Medical and sanitary report on the native army of Bombay for the year
Year: 1877
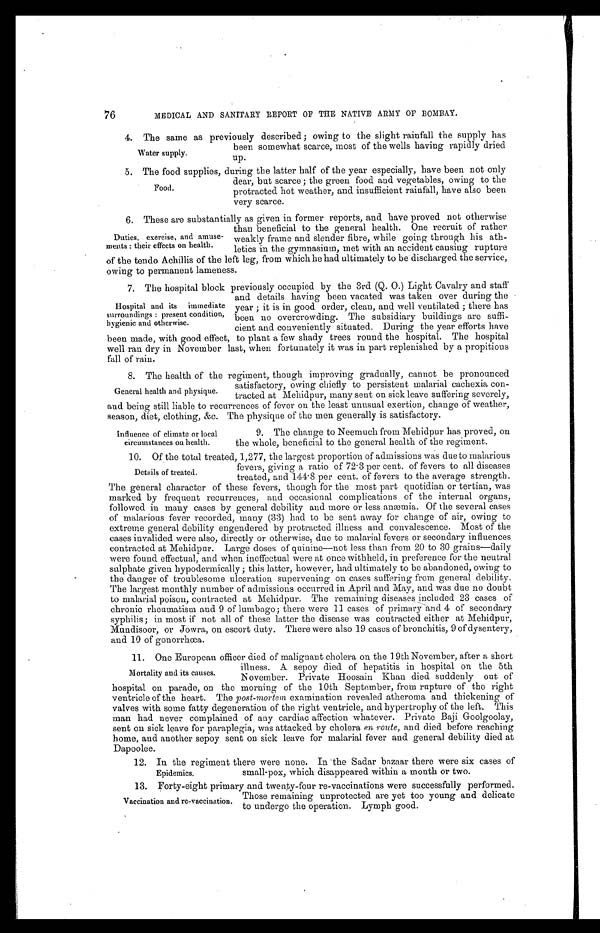
76
MEDICAL AND SANITARY REPORT OF THE NATIVE ARMY OF BOMBAY.
4 . T h e s a m e a s p r e v i o u s l y d e s c r i b e d ; o w i n g t o t h e s l i g h t r a i n f a l l t h e s u p p l y h a s
been somewhat scarce, most of the wells having rapidly dried
up.
5 . T h e f o o d s u p p l i e s , d u r i n g t h e l a t t e r h a l f o f t h e y e a r e s p e c i a l l y , h a v e b e e n n o t o n l y
dear, but scarce; the green food and vegetables, owing to the
protracted hot weather, and insufficient rainfall, have also been
very scarce.
6. These are substantially as given in former reports, and have proved not otherwise
than beneficial to the general health. One recruit of rather
weakly frame and slender fibre, while going through his ath-
letics in the gymnasium, met with an accident causing rupture
of the tendo Achillis of the left leg, from which he had ultimately to be discharged the service,
owing to permanent lameness.
7. The hospital block previously occupied by the 3rd (Q. 0.) Light Cavalry and staff
and details having been vacated was taken over during the
year; it is in good order, clean, and well ventilated ; there has
been no overcrowding. The subsidiary buildings are suffi-
-
cient and conveniently situated. During the year efforts have
been made, with good effect, to plant a few shady trees round the hospital. The hospital
well ran dry in November last, when fortunately it was in part replenished by a propitious
fall of rain.
8. The health of the regiment, though improving gradually, cannot be pronounced
satisfactory, owing chiefly to persistent malarial cachexia con
-
tracted at Mehidpur, many sent on sick leave suffering severely,
and being still liable to recurrences of fever on the least unusual exertion, change of weather,
season, diet, clothing, &c. The physique of the men generally is satisfactory.
Water supply.
Food.
Duties, exercise, and amuse--
ments: their effects on health.
Hospital and its immediate
surroundings: present condition,
hygienic and otherwise.
General health and physique.
Influence of climate or local
circumstances on health.
9. The change to Neemuch from Mehidpur has proved, on
the whole, beneficial to the general health of the regiment.
10. Of the total treated, 1,277, the largest proportion of admissions was due to malarious
fevers, giving a ratio of 72.3 per cent. of fevers to all diseases
treated, and 144.8 per cent. of fevers to the average strength.
The general character of these fevers, though for the most part quotidian or tertian, was
marked by frequent recurrences, and occasional complications of the internal organs,
followed in many cases by general debility and more or less anæmia. Of the several cases
of malarious fever recorded, many (33) had to be sent away for change of air, owing to
extreme general debility engendered by protracted illness and convalescence. Most of the
cases invalided were also, directly or otherwise; due to malarial fevers or secondary influences
contracted at Mehidpur. Large doses of quinine—not less than from 20 to 30 grains—daily
were found effectual, and when ineffectual were at once withheld, in preference for the neutral
sulphate given hypodermically; this latter, however, had ultimately to be abandoned, owing to
the danger of troublesome ulceration supervening on cases suffering from general debility.
The largest monthly number of admissions occurred in April and May, and was due no doubt
to malarial poison, contracted at Mehidpur. The remaining diseases included 23 cases of
chronic rheumatism and 9 of lumbago; there were 11 cases of primary and 4 of secondary
syphilis ; in most if not all of these latter the disease was contracted either at Mehidpur,
Mundisoor, or Jowra, on escort duty. There were also 19 cases of bronchitis, 9 of dysentery,
and 10 of gonorrhœa.
11. One European officer died of malignant cholera on the 19th November, after a short
illness. A sepoy died of hepatitis in hospital on the 5th
November. Private Hoosain Khan died suddenly out of
hospital on parade, on the morning of the 10th September, from rupture of the right
ventricle of the heart. The post-mortem examination revealed atheroma and thickening of
valves with some fatty degeneration of the right ventricle, and hypertrophy of the left. This
man had never complained of any cardiac affection whatever. Private Baji Goolgoolay,
sent on sick leave for paraplegia, was attacked by cholera en route, and died before reaching
home, and another sepoy sent on sick leave for malarial fever and general debility died at
Dapoolee.
12. In the regiment there were none. In the Sadar bazaar there were six cases of
small-pox, which disappeared within a month or two.
Details of treated
Mortality and its causes.
Epidemics.
Vaccination and re-vaccination.
13. Forty-eight primary and twenty-four re-vaccinations were successfully performed.
Those remaining unprotected are yet too young and delicate
to undergo the operation. Lymph good.